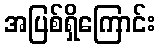
အပြစ်ရှိကြောင်း